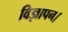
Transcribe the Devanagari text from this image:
विज्ञापन।